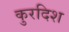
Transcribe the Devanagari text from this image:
कुरदिश